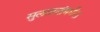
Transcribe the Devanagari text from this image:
सुलतानांमधील